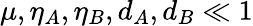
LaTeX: \mu,\eta_{A},\eta_{B},d_{A},d_{B}\ll 1